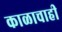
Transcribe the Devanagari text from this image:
काळाचाही